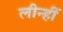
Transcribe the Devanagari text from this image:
लीन्‍हीं